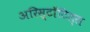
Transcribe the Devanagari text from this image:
अरिस्टॉटिल्स